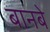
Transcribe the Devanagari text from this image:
बानबे